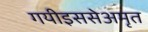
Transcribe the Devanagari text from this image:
गयीइससेअमृत